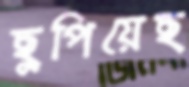
ছুপিয়েছ